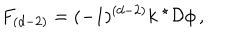
LaTeX: F _ { ( d - 2 ) } = ( - 1 ) ^ { ( d - 2 ) } k \ { } ^ { \star } { \cal D } \phi \, ,